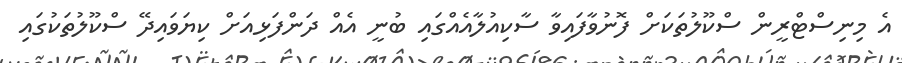
އެ މިނިސްޓްރީން ސްކޫލުތަކަށް ފޮނުވާފައިވާ ސާކިއުލާއެއްގައި ބުނީ އެއް ދަންފަޅިއަށް ކިޔަވައިދޭ ސްކޫލުތަކުގައި